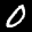
Label: 0